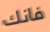
فانك